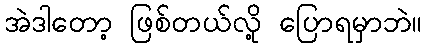
အဲဒါတော့ ဖြစ်တယ်လို့ ပြောရမှာဘဲ။